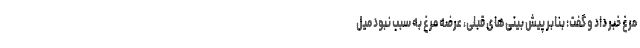
مرغ خبر داد و گفت: بنابر پیش بینی‌های قبلی، عرضه مرغ به سبب نبود میل